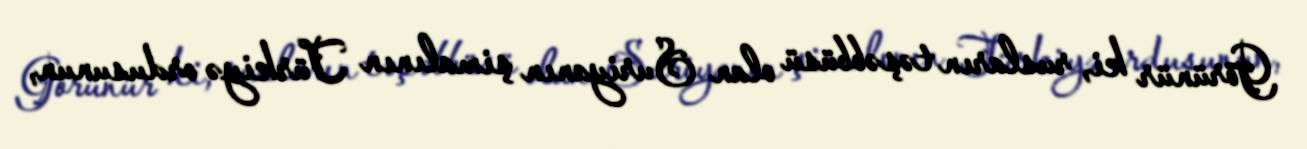
Görünür ki, rusların təşəbbüsü olan Suriyanın şimalının Türkiyə ordusunun,